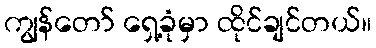
ကျွန်တော် ရှေ့ခုံမှာ ထိုင်ချင်တယ်။